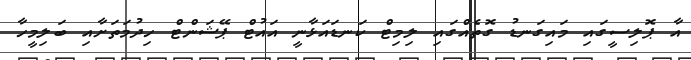
އާ ޕޮލިސީގައި މައިގަނޑު ގޮތެއްގައި ލިމިޓް ކަނޑައަޅާނީ އައުޓް ޕޭޝަންޓް ހިދުމަތަށާއި ބަލިމީހާ